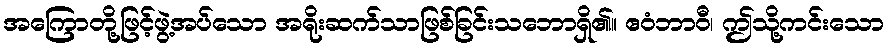
အကြောတို့ဖြင့်ဖွဲ့အပ်သော အရိုးဆက်သာဖြစ်ခြင်းသဘောရှိ၏။ ဧဝံဘာဝီ၊ ဤသို့ကင်းသော